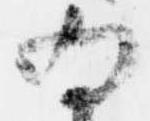
為